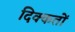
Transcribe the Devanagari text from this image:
दिक्‍कतों